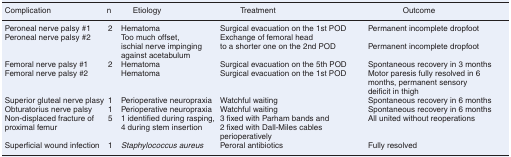
| Complication | n | Etiology | Treatment | Outcome |
 | --- | --- | --- | --- | --- |
 | Peroneal nerve palsy #1 | 2 | Hematoma | Surgical evacuation on the 1st POD | Permanent incomplete dropfoot |
 | Peroneal nerve palsy #2 |  | Too much offset, ischial nerve impinging against acetabulum | Exchange of femoral head to a shorter one on the 2nd POD | Permanent incomplete dropfoot |
 | Femoral nerve palsy #1 | 2 | Hematoma | Surgical evacuation on the 5th POD | Spontaneous recovery in 3 months |
 | Femoral nerve palsy #2 |  | Hematoma | Surgical evacuation on the 1st POD | Motor paresis fully resolved in 6 months, permanent sensory deificit in thigh |
 | Superior gluteal nerve plasy | 1 | Perioperative neuropraxia | Watchful waiting | Spontaneous recovery in 6 months |
 | Obturatorius nerve palsy | 1 | Perioperative neuropraxia | Watchful waiting | Spontaneous recovery in 6 months |
 | Non-displaced fracture of | 5 | 1 identified during rasping, | 3 fixed with Parham bands and | All united without reoperations |
 | proximal femur |  | 4 during stem insertion | 2 fixed with Dall-Miles cables perioperatively |  |
 | Superficial wound infection | 1 | Staphylococcus aureus | Peroral antibiotics | Fully resolved |